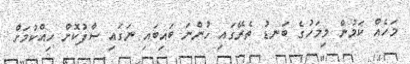
މަހެއް ކަމުން މިމަހުގެ ބަނޑު ތެރޭގައި ހުންނަ ބައިބައި ނަގައި ސާފުކޮށް ހިއްކުމަށް